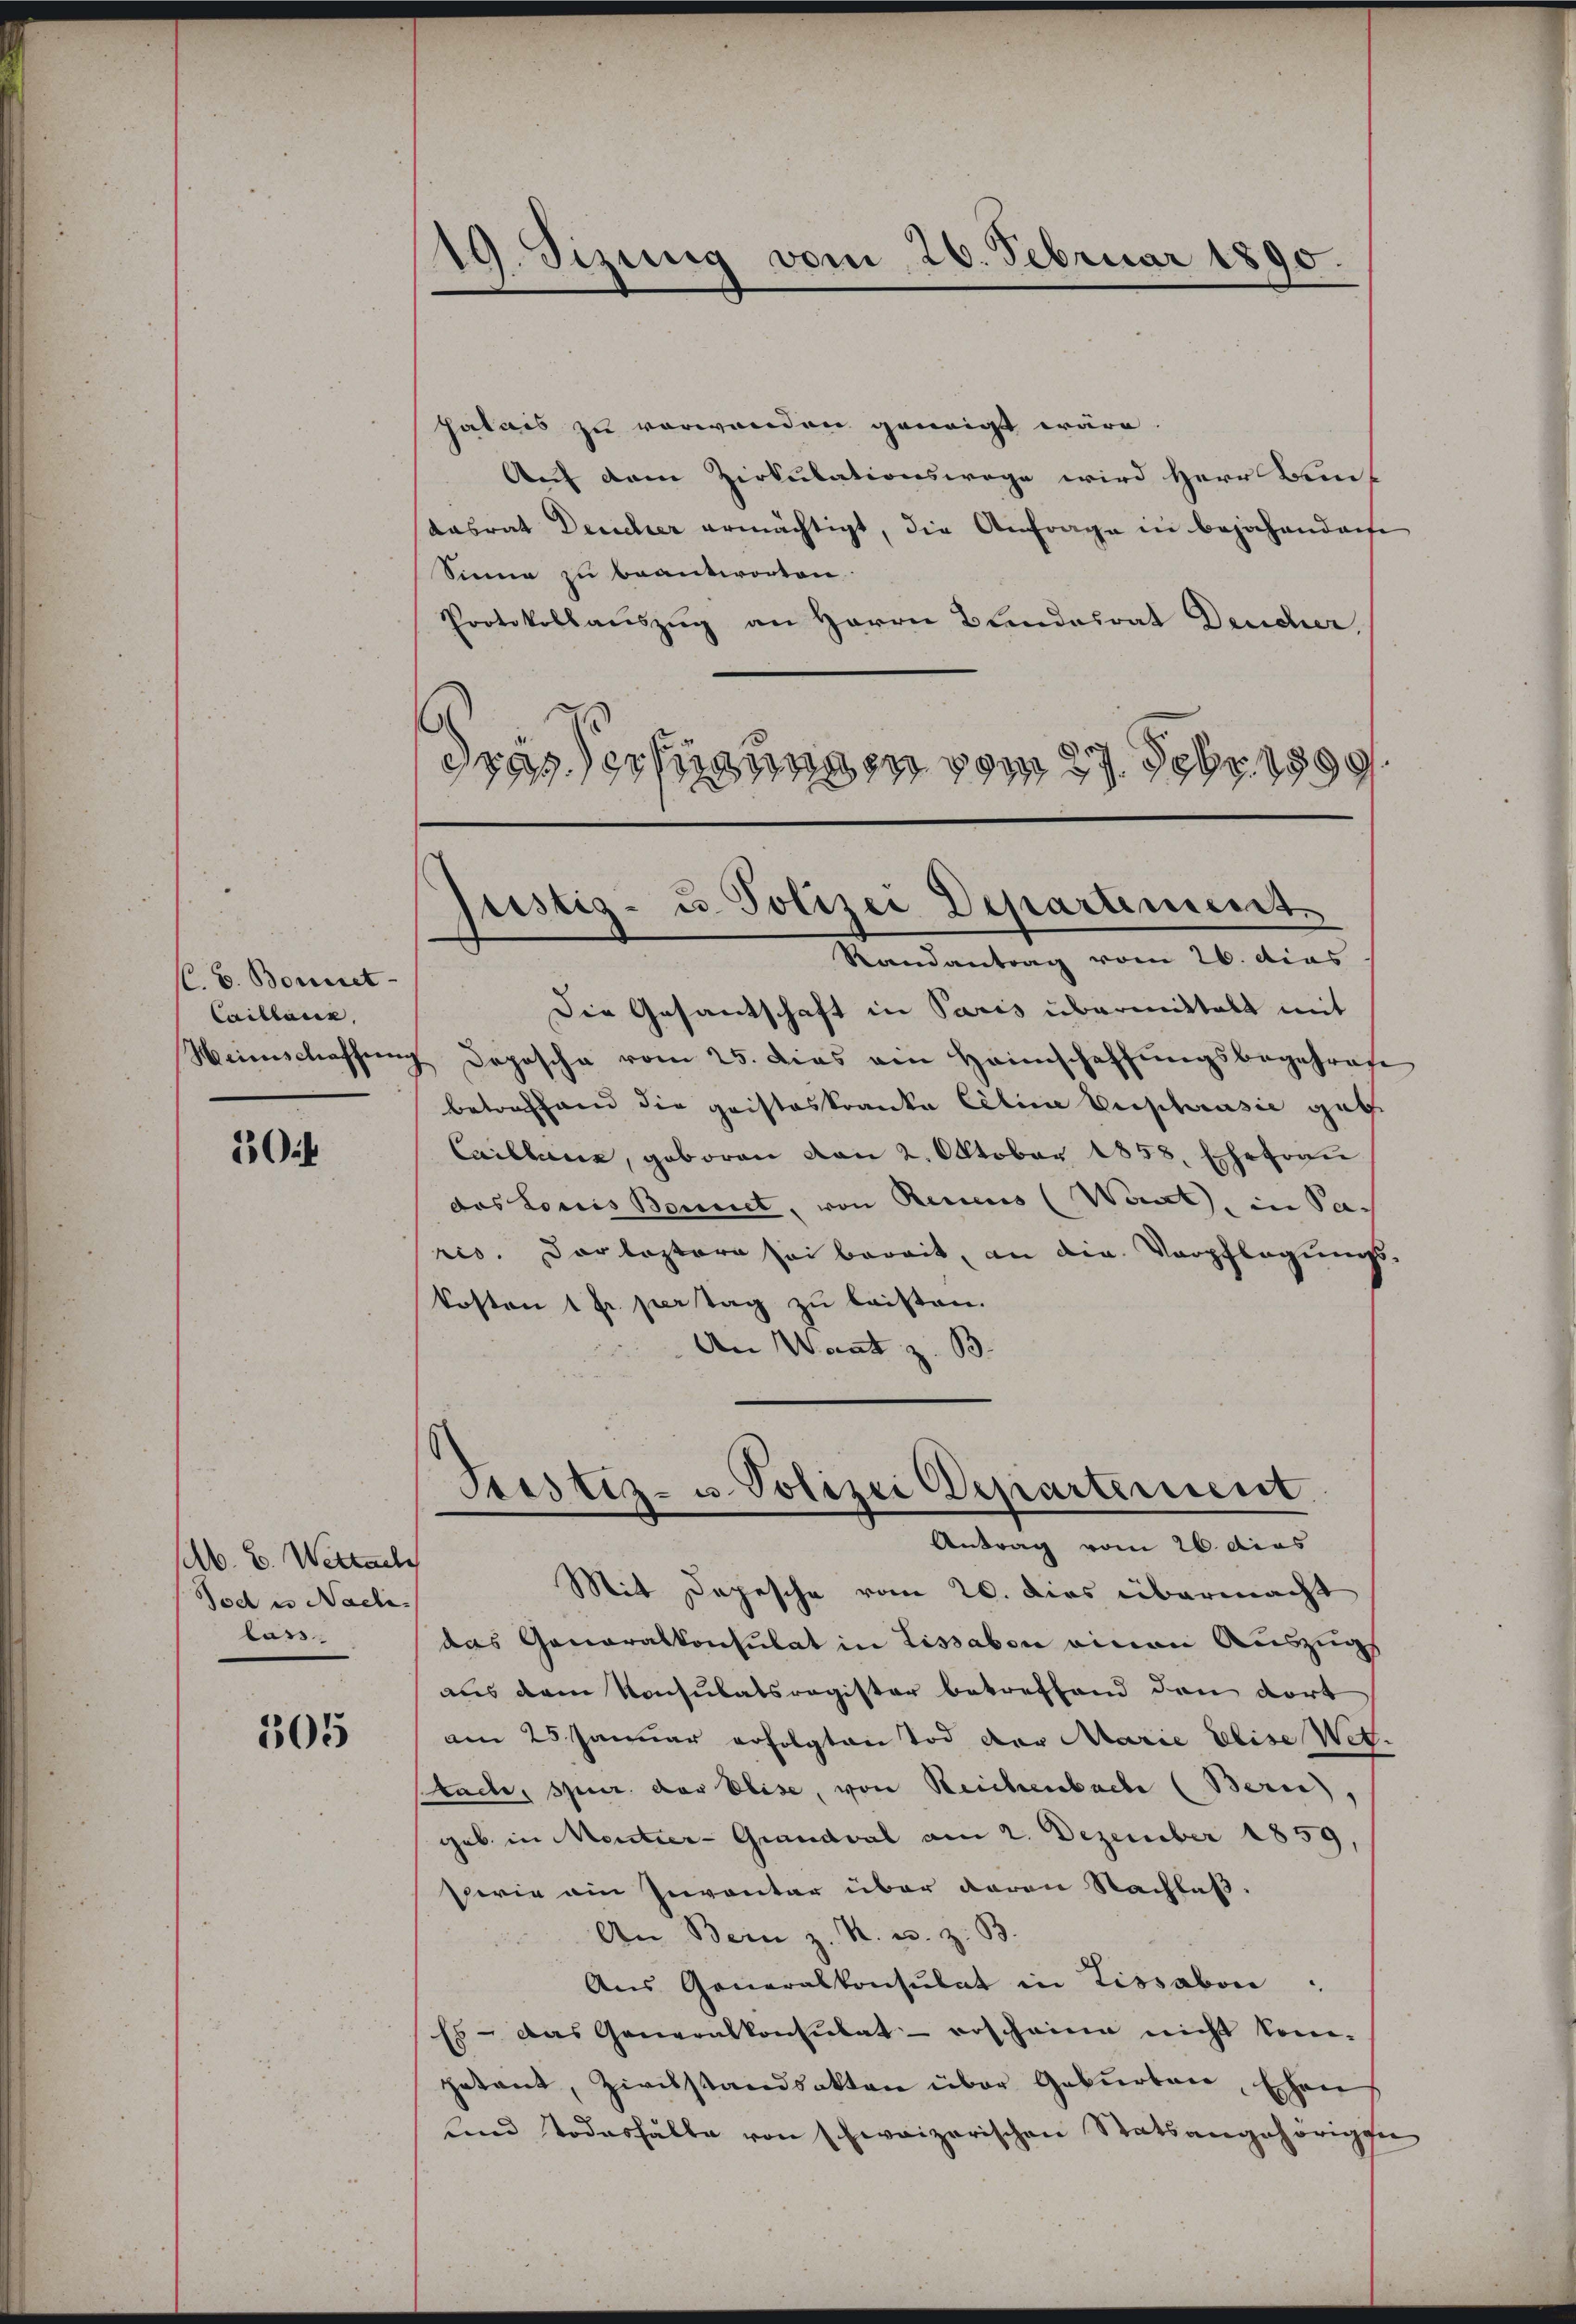
C.G. Bonet
Caillaces,
Weinschaffung

Oik

lb. E. Wettail
Tod es Nach-
lass

305

19. Sizung vom 26. Februar 1890.

halais zu verwenden geneigt wäre,
Auf dem Zirkulationswege wird Herr Bent
dasrat Deucher ermächtigt, die Anfrage in bejahendenhe
Sinne zu beantworten.
Protokollauszug an Herrn Blindesrat Deucher,
drassertigungen vom 27. Febr. 1899.

justiz- u. Polizei Departement
Randantrag vom 26. dies

Justiz- u. Polizei Departement.
Antrag vom 26. dies

Die Gesantschaft in Paris übermittalt mit
Depesche vom 25. dies ein Heimschaffungsbegehren
betreffend die gristeskranke Eeline Euphrasie gab
Caillanz, geboren von 2. Oktober 1858. Ehefrau
das Louis Boniret, von Recens (Want, in Sac
ris. Darleztere sei bereit, an die Verpflegungskosten 1 Fr. per tag zu leisten.
An Waat z. B.
Mit Depesche vom 20. dies übermacht
das Generalkonsulat in Lissabon einen Auszug
aus dem Konsulatsregister betreffend den dort
am 25. Januar erfolgten Tod der Marie Elise Wet.
tade, spur der Elise, von Reichenbache (Bern,
geb. in Mentier-Grandval am 2. Dezember 1859,
serin ein Inventar über daran Nachlaß.
An Bein z. R. u. z. B.
Aus Generalkonsulat in Lissabon "
Es - das Generalkonsulaterscheine nicht kom-
petant, Zivilstandsakten über Geburten, Ehen
und Todeshalte von schweizerischen Statsangehörigen